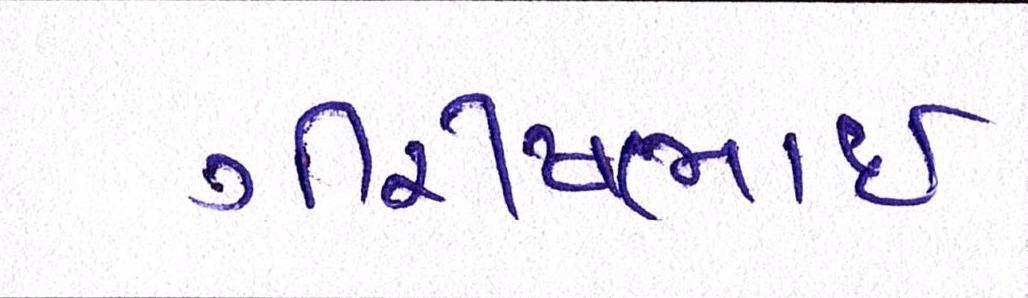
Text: ગીરીષભાઈ